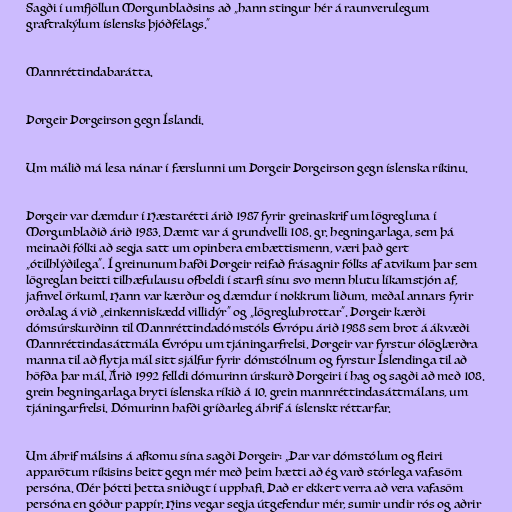
Sagði í umfjöllun Morgunblaðsins að „hann stingur hér á raunverulegum
graftrakýlum íslensks þjóðfélags.“

Mannréttindabarátta.

Þorgeir Þorgeirson gegn Íslandi.

Um málið má lesa nánar í færslunni um Þorgeir Þorgeirson gegn íslenska ríkinu.

Þorgeir var dæmdur í Hæstarétti árið 1987 fyrir greinaskrif um lögregluna í
Morgunblaðið árið 1983. Dæmt var á grundvelli 108. gr. hegningarlaga, sem þá
meinaði fólki að segja satt um opinbera embættismenn, væri það gert
„ótilhlýðilega“. Í greinunum hafði Þorgeir reifað frásagnir fólks af atvikum þar sem
lögreglan beitti tilhæfulausu ofbeldi í starfi sínu svo menn hlutu líkamstjón af,
jafnvel örkuml. Hann var kærður og dæmdur í nokkrum liðum, meðal annars fyrir
orðalag á við „einkenniskædd villidýr“ og „lögregluhrottar“. Þorgeir kærði
dómsúrskurðinn til Mannréttindadómstóls Evrópu árið 1988 sem brot á ákvæði
Mannréttindasáttmála Evrópu um tjáningarfrelsi. Þorgeir var fyrstur ólöglærðra
manna til að flytja mál sitt sjálfur fyrir dómstólnum og fyrstur Íslendinga til að
höfða þar mál. Árið 1992 felldi dómurinn úrskurð Þorgeiri í hag og sagði að með 108.
grein hegningarlaga bryti íslenska ríkið á 10. grein mannréttindasáttmálans, um
tjáningarfrelsi. Dómurinn hafði gríðarleg áhrif á íslenskt réttarfar.

Um áhrif málsins á afkomu sína sagði Þorgeir: „Þar var dómstólum og fleiri
apparötum ríkisins beitt gegn mér með þeim hætti að ég varð stórlega vafasöm
persóna. Mér þótti þetta sniðugt í upphafi. Það er ekkert verra að vera vafasöm
persóna en góður pappír. Hins vegar segja útgefendur mér, sumir undir rós og aðrir